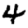
Digit: 4